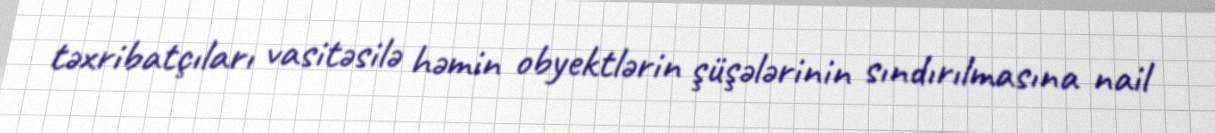
təxribatçıları vasitəsilə həmin obyektlərin şüşələrinin sındırılmasına nail